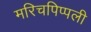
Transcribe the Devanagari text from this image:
मरिचपिप्पली